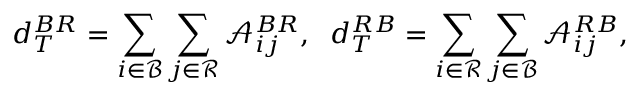
d _ { T } ^ { B R } = \sum _ { i \in \mathcal { B } } \sum _ { j \in \mathcal { R } } \mathcal { A } _ { i j } ^ { B R } , \; \; d _ { T } ^ { R B } = \sum _ { i \in \mathcal { R } } \sum _ { j \in \mathcal { B } } \mathcal { A } _ { i j } ^ { R B } ,